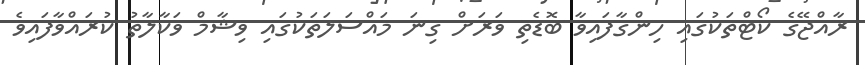
ރާއްޖޭގެ ކޯޓްތަކުގައި ހިންގާފައިވާ ބޮޑެތި ވަރަށް ގިނަ މައްސަލަތަކުގައި ވިޝާމް ވަކާލާތު ކުރައްވާފައިވެ